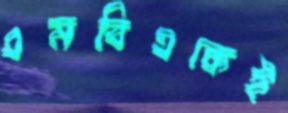
এমবিএকেই